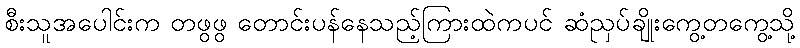
စီးသူအပေါင်းက တဖွဖွ တောင်းပန်နေသည့်ကြားထဲကပင် ဆံညှပ်ချိုးကွေ့တကွေ့သို့